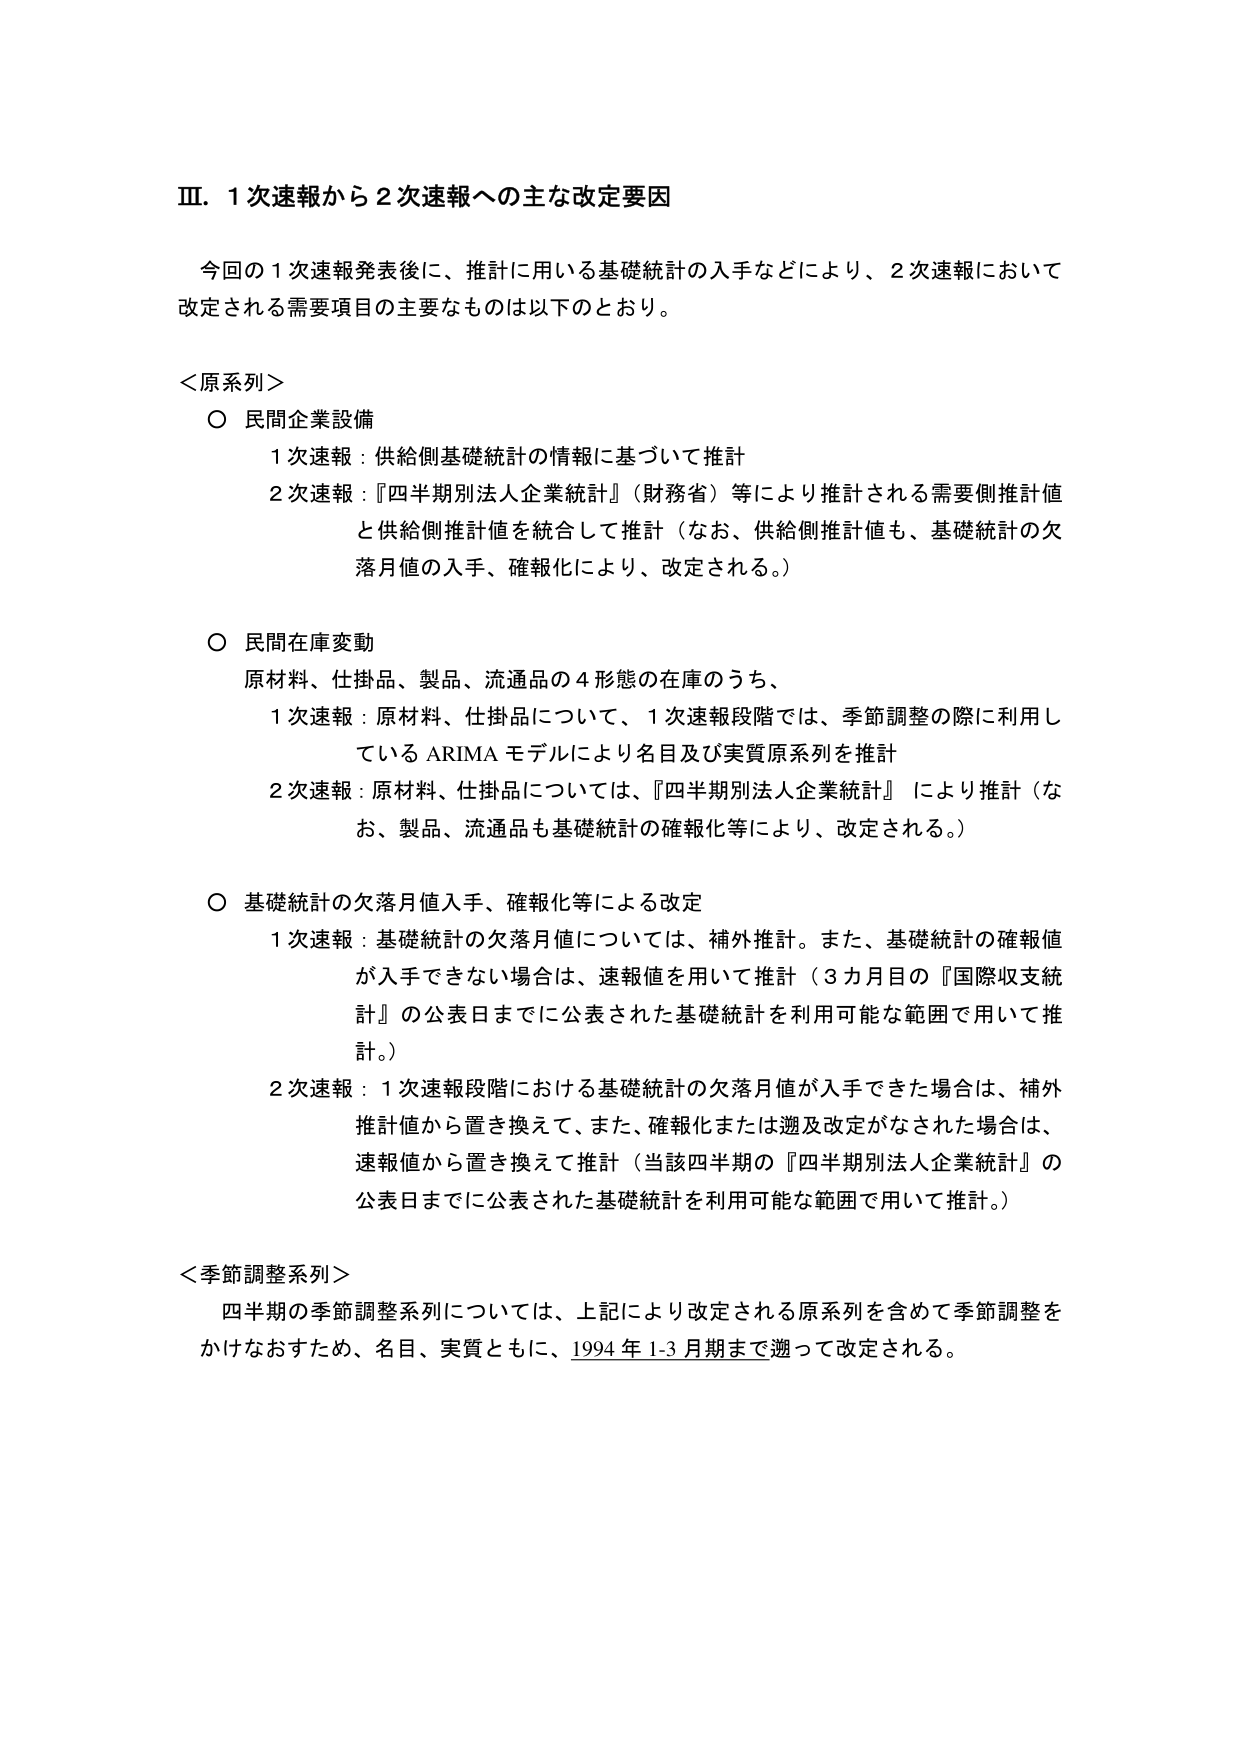
Ⅲ．１次速報から２次速報への主な改定要因

今回の１次速報発表後に、推計に用いる基礎統計の入手などにより、２次速報において改定される需要項目の主なものは以下のとおり。

＜原系列＞
○ 民間企業設備
　１次速報：供給側基礎統計の情報に基づいて推計
　２次速報：『四半期別法人企業統計』（財務省）等により推計される需要側推計値と供給側推計値を統合して推計（なお、供給側推計値も、基礎統計の欠落月値の入手、確報化により、改定される。）

○ 民間在庫変動
　原材料、仕掛品、製品、流通品の４形態の在庫のうち、
　１次速報：原材料、仕掛品について、１次速報段階では、季節調整の際に利用しているARIMAモデルにより名目及び実質原系列を推計
　２次速報：原材料、仕掛品については、『四半期別法人企業統計』により推計（なお、製品、流通品も基礎統計の確報化等により、改定される。）

○ 基礎統計の欠落月値入手、確報化等による改定
　１次速報：基礎統計の欠落月値については、補外推計。また、基礎統計の確報値が入手できない場合は、速報値を用いて推計（３カ月目の『国際収支統計』の公表日までに公表された基礎統計を利用可能な範囲で用いて推計。）
　２次速報：１次速報段階における基礎統計の欠落月値が入手できた場合は、補外推計値から置き換えて、また、確報化または遡及改定がなされた場合は、速報値から置き換えて推計（当該四半期の『四半期別法人企業統計』の公表日までに公表された基礎統計を利用可能な範囲で用いて推計。）

＜季節調整系列＞
　四半期の季節調整系列については、上記により改定される原系列を含めて季節調整をかけなおすため、名目、実質ともに、1994年1-3月期まで遡って改定される。